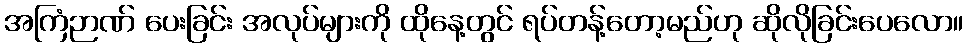
အကြံဉာဏ် ပေးခြင်း အလုပ်များကို ထိုနေ့တွင် ရပ်တန့်တော့မည်ဟု ဆိုလိုခြင်းပေလော။